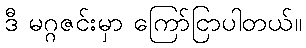
ဒီ မဂ္ဂဇင်းမှာ ကြော်ငြာပါတယ်။